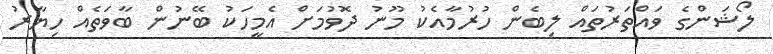
ލޯޝަންގެ ވައްތަރުތައް ލިބެން ހުރުމާއެކު މޫނު ދޮވުމަށް އެމީހަކު ބޭނުން ބާވަތެއް ހިޔާރު